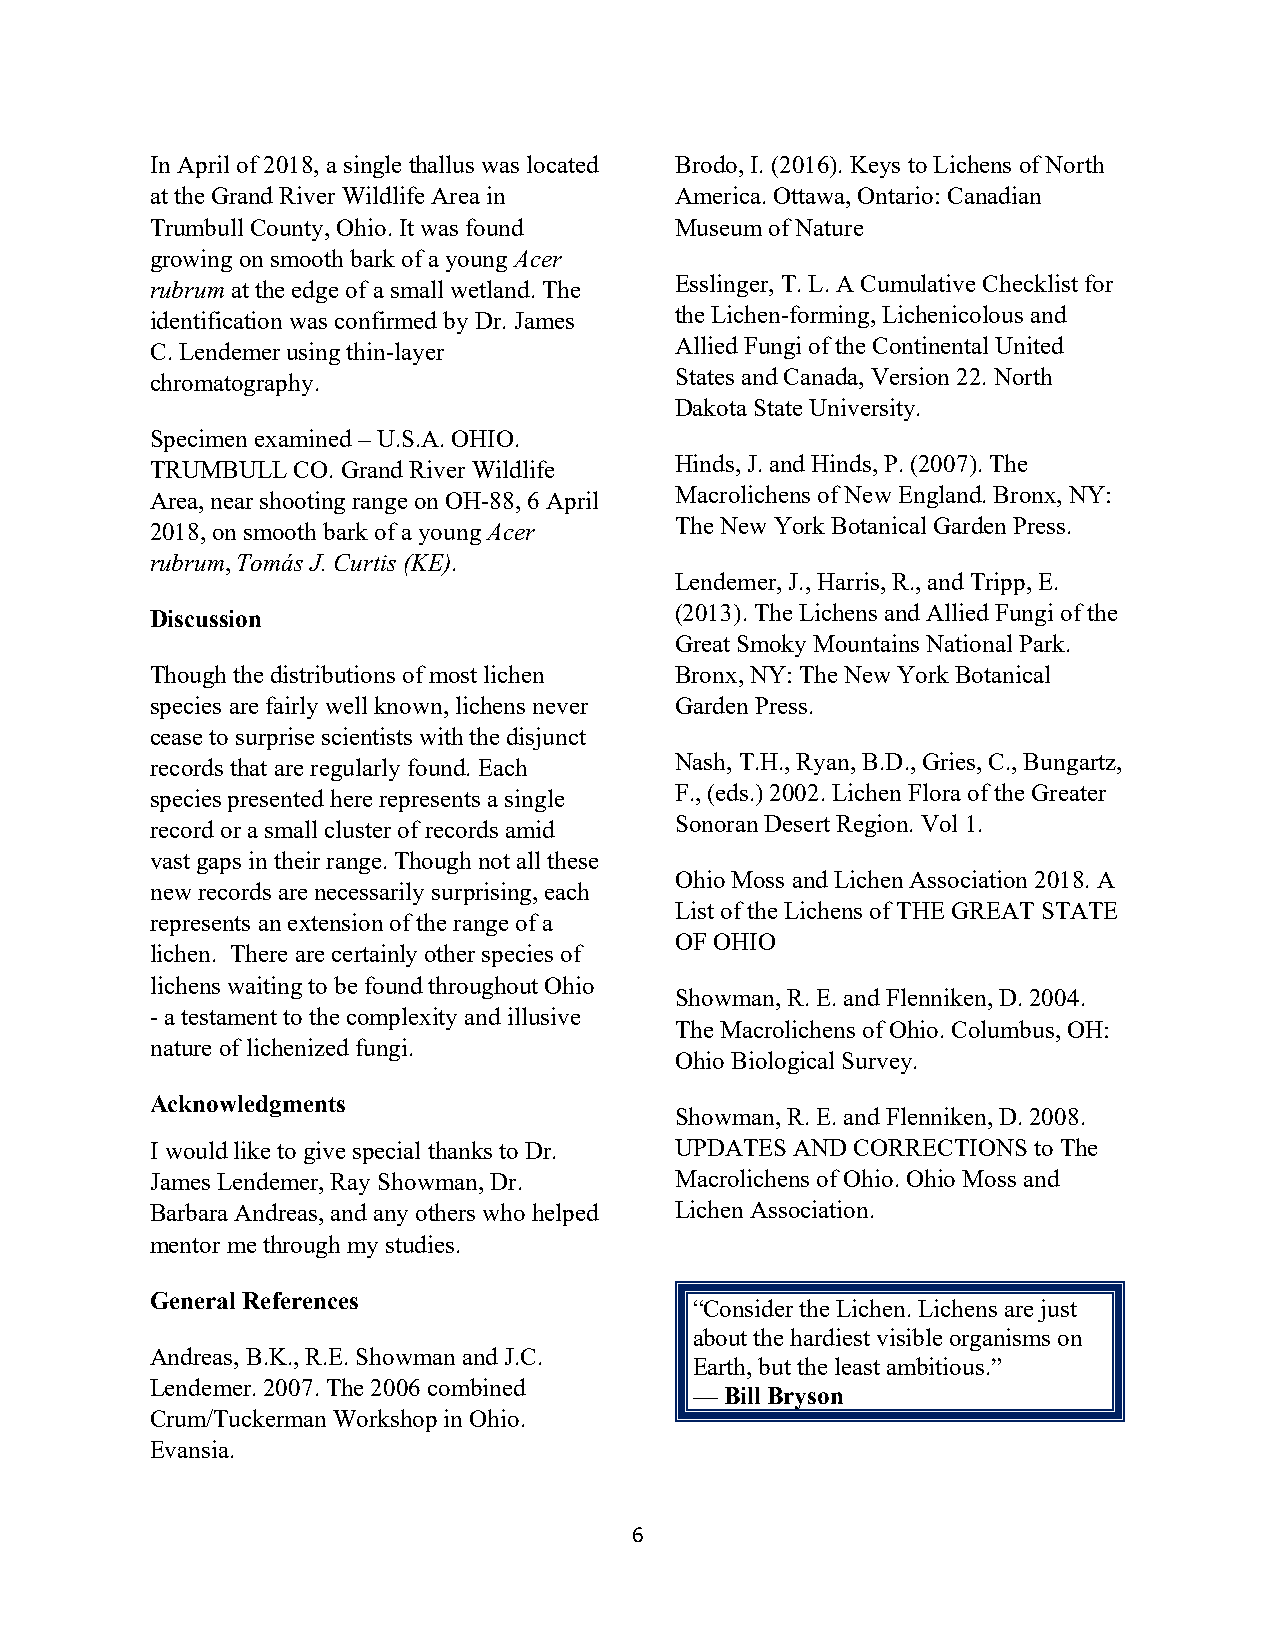
In April of 2018, a single thallus was located Brodo, I. (2016). Keys to Lichens of North
 at the Grand River Wildlife Area in America. Ottawa, Ontario: Canadian
 Trumbull County, Ohio. It was found Museum of Nature
 growing on smooth bark of a young Acer
 rubrum at the edge of a small wetland. The Esslinger, T. L. A Cumulative Checklist for
 identification was confirmed by Dr. James the Lichen-forming, Lichenicolous and
 C. Lendemer using thin-layer       Allied Fungi of the Continental United
 chromatography.                    States and Canada, Version 22. North
 Dakota State University.
 Specimen examined – U.S.A. OHIO.
 TRUMBULL CO. Grand River Wildlife  Hinds, J. and Hinds, P. (2007). The
 Area, near shooting range on OH-88, 6 April Macrolichens of New England. Bronx, NY:
 2018, on smooth bark of a young Acer The New York Botanical Garden Press.
 rubrum, Tomás J. Curtis (KE).
 Lendemer, J., Harris, R., and Tripp, E.
 Discussion                         (2013). The Lichens and Allied Fungi of the
 Great Smoky Mountains National Park.
 Though the distributions of most lichen Bronx, NY: The New York Botanical
 species are fairly well known, lichens never Garden Press.
 cease to surprise scientists with the disjunct
 records that are regularly found. Each Nash, T.H., Ryan, B.D., Gries, C., Bungartz,
 species presented here represents a single F., (eds.) 2002. Lichen Flora of the Greater
 record or a small cluster of records amid Sonoran Desert Region. Vol 1.
 vast gaps in their range. Though not all these
 Ohio Moss and Lichen Association 2018. A
 new records are necessarily surprising, each
 List of the Lichens of THE GREAT STATE
 represents an extension of the range of a
 OF OHIO
 lichen. There are certainly other species of
 lichens waiting to be found throughout Ohio
 Showman, R. E. and Flenniken, D. 2004.
 - a testament to the complexity and illusive
 The Macrolichens of Ohio. Columbus, OH:
 nature of lichenized fungi.
 Ohio Biological Survey.
 Acknowledgments
 Showman, R. E. and Flenniken, D. 2008.
 I would like to give special thanks to Dr. UPDATES AND CORRECTIONS to The
 James Lendemer, Ray Showman, Dr.   Macrolichens of Ohio. Ohio Moss and
 Barbara Andreas, and any others who helped Lichen Association.
 mentor me through my studies.
 General References
 “Consider the Lichen. Lichens are just
 about the hardiest visible organisms on
 Andreas, B.K., R.E. Showman and J.C.
 Earth, but the least ambitious.”
 Lendemer. 2007. The 2006 combined
 —Bill Bryson
 Crum/Tuckerman Workshop in Ohio.
 Evansia.
 6